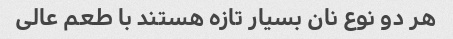
هر دو نوع نان بسیار تازه هستند با طعم عالی